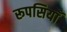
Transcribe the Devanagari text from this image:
रूपसियाँ